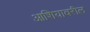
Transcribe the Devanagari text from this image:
आशियावरील